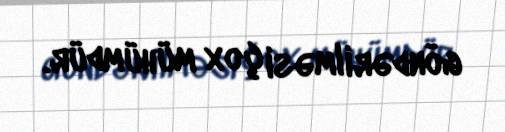
göndərilməsi çox mühümdür.